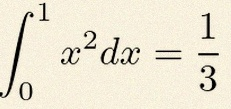
\int_0^1 x^2dx=\frac13